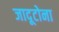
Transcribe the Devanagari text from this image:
जादूटोना